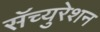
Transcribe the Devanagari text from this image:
सॅच्युरेशन